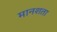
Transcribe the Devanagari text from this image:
मानशता